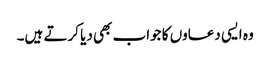
وہ ایسی دعاوں کا جواب بھی دیا کرتے ہیں۔